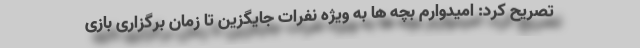
تصریح کرد: امیدوارم بچه ها به ویژه نفرات جایگزین تا زمان برگزاری بازی